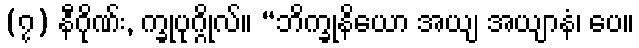
(၇) နီဂိုဏ်း, က္ခုပုဂ္ဂိုလ်။ “ဘိက္ခုနိယော အယျ အယျာနံ၊ ပေ။